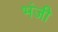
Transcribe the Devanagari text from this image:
भंजी